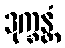
ဒုက္ခန္တံ